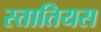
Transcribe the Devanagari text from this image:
स्तातियस